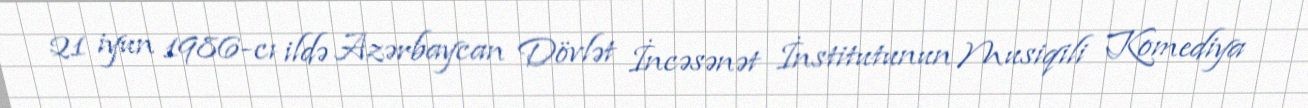
21 iyun 1986-cı ildə Azərbaycan Dövlət İncəsənət İnstitutunun Musiqili Komediya